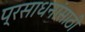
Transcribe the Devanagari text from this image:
प्रसाधनांसाठी